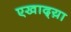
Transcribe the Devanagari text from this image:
एखाद्य़ा